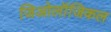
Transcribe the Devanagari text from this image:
जिओलॉजिकल